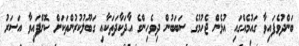
ބަންދުވެފައިވާ ގައުމެއްގައި އުޅެން ޖެހުމުގެ ސަބަބުން ދިވެހިންގެ އާދަކާދަތަކާއި ގަބޫލުކުރުންތަކަށް ކޮށްފައިވާ އަސަރު